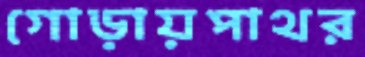
গোড়ায়পাথর